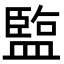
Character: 𬐱